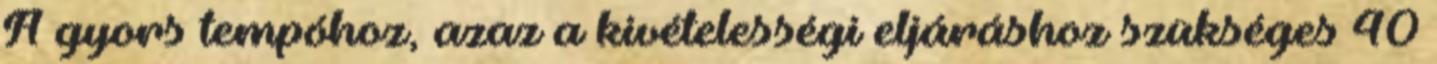
A gyors tempóhoz, azaz a kivételességi eljáráshoz szükséges 40